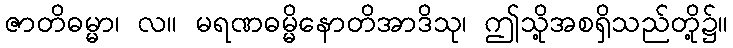
ဇာတိဓမ္မာ၊ လ။ မရဏဓမ္မိနောတိအာဒိသု၊ ဤသို့အစရှိသည်တို့၌။